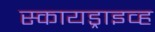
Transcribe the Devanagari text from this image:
स्कायड्राइव्ह